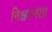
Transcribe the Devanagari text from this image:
निश्चतनता